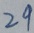
2 9